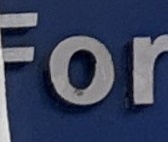
For